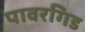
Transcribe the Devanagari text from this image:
पावरगिड